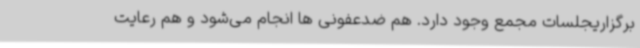
برگزاریجلسات مجمع وجود دارد. هم ضدعفونی ها انجام می‌شود و هم رعایت